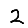
Digit: 2